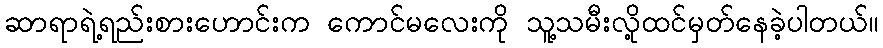
ဆာရာရဲ့ရည်းစားဟောင်းက ကောင်မလေးကို သူ့သမီးလို့ထင်မှတ်နေခဲ့ပါတယ်။